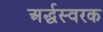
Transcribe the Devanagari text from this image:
अर्द्धस्वरक